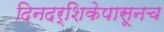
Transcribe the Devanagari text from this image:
दिनदर्शिकेपासूनच